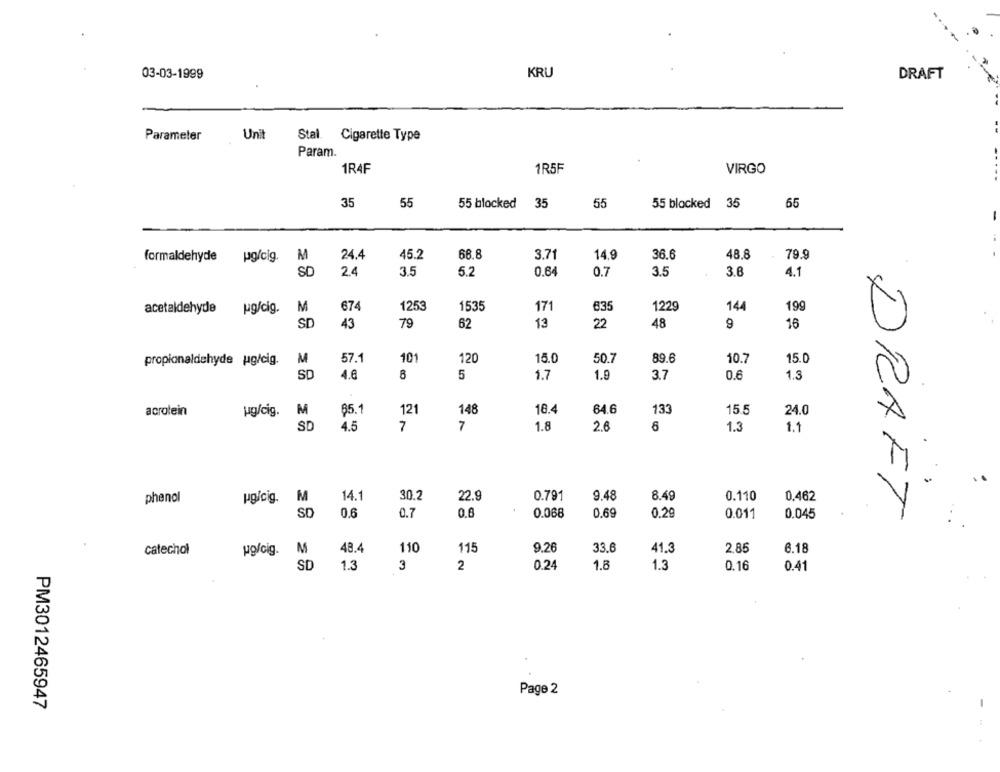
03-03-1999
KRU
DRAFT
Parameter
Unit
Stal. Cigarette Type
Param.
1R4F
1R5F
VIRGO
35
55
55 blocked
35
55
55 blocked
35
65
M
24.4
45.2
68.8
3.71
14,9
36.6
48.8
79.9
formaldehyde
pg/cig.
SD
2.4
3.5
5.2
0.64
0.7
3.5
3.6
4.1
acetaldehyde pg/cig.
M
674
1253
1535
171
635
1229
144
199
SD
43
79
62
13
22
48
9
16
propionaldehyde ug/cig.
M
57.1
101
120
15.0
50.7
89.6
10.7
15.0
SD
4.6
5
1.7
1.9
3.7
0.6
1.3
M
65.1
18.4
64.6
133
acrolein
ug/cig.
121
148
15.5
24.0
SD
4.5
7
7
1.8
2.6
1.3
1.1
9.48
phenol
pg/cig.
M
14.1
30.2
22.9
0.791
8.49
0.110
0.462
DRAFT
SD
0.6
0.7
0.6
0.068
0.69
0.29
0.011
0.045
M
48.4
110
115
9.26
33.6
2.8
6.18
catechol
ug/cig.
41.3
SD
1.3
3
2
0.24
1.8
1.3
0.16
0.41
Page 2
PM3012465947